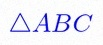
\triangle ABC